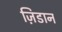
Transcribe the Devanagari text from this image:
ज़िडान